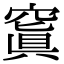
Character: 窴